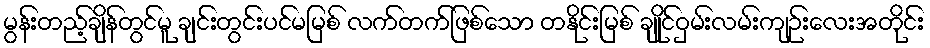
မွန်းတည့်ချိန်တွင်မူ ချင်းတွင်းပင်မမြစ် လက်တက်ဖြစ်သော တနိုင်းမြစ် ချိုင်ဝှမ်းလမ်းကျဉ်းလေးအတိုင်း